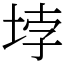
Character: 𡋯